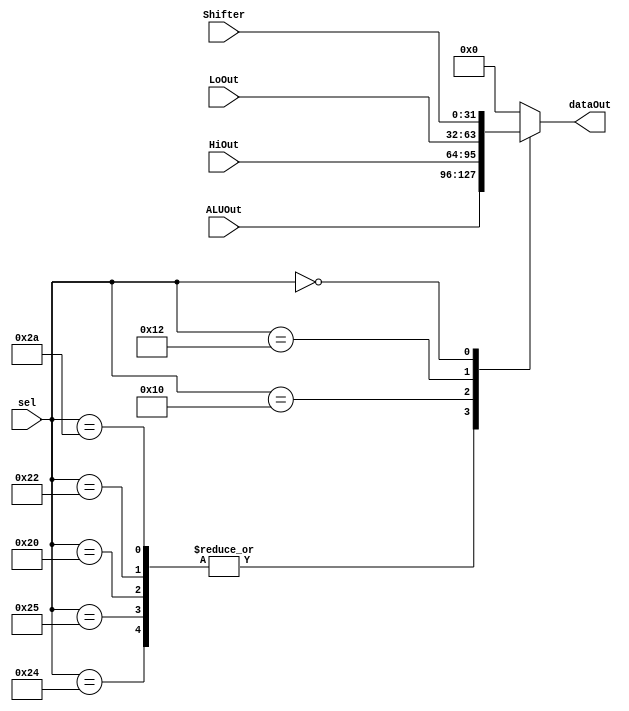
`timescale 1ns/1ns
module MUX( ALUOut, HiOut, LoOut, Shifter, sel, dataOut );
	input [31:0] ALUOut ;
	input [31:0] HiOut ;
	input [31:0] LoOut ;
	input [31:0] Shifter ;
	input [5:0] sel ;
	output [31:0] dataOut ;

	reg [31:0] temp ;

	parameter AND = 6'b100100;
	parameter OR  = 6'b100101;
	parameter ADD = 6'b100000;	
	parameter SUB = 6'b100010;
	parameter SLT = 6'b101010;
	parameter SLL = 6'b000000;
	parameter MULTU = 6'b011001;
	parameter MFHI= 6'b010000;
	parameter MFLO= 6'b010010;

	always@( ALUOut or HiOut or LoOut or Shifter or sel )
	begin

		case ( sel )
		AND:
		begin
			temp = ALUOut ;
		end
		OR:
		begin
			temp = ALUOut ;
		end
		ADD:
		begin
			temp = ALUOut ;
		end
		SUB:
		begin
			temp = ALUOut ;
		end
		SLT:
		begin
			temp = ALUOut ;
		end
		MFHI:
		begin
			temp = HiOut ;
		end
		MFLO:
		begin
			temp = LoOut ;
		end

		SLL:
		begin
			temp = Shifter ;
		end
		default: temp = 32'b0 ;	
	
		endcase

	end
	assign dataOut = temp ;

endmodule